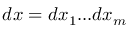
d \boldsymbol { x } = d x _ { 1 } . . . d x _ { m }